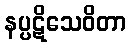
နပ္ပဋိသေဝိတာ